kultuurilooline_kollektsioon, lk 14
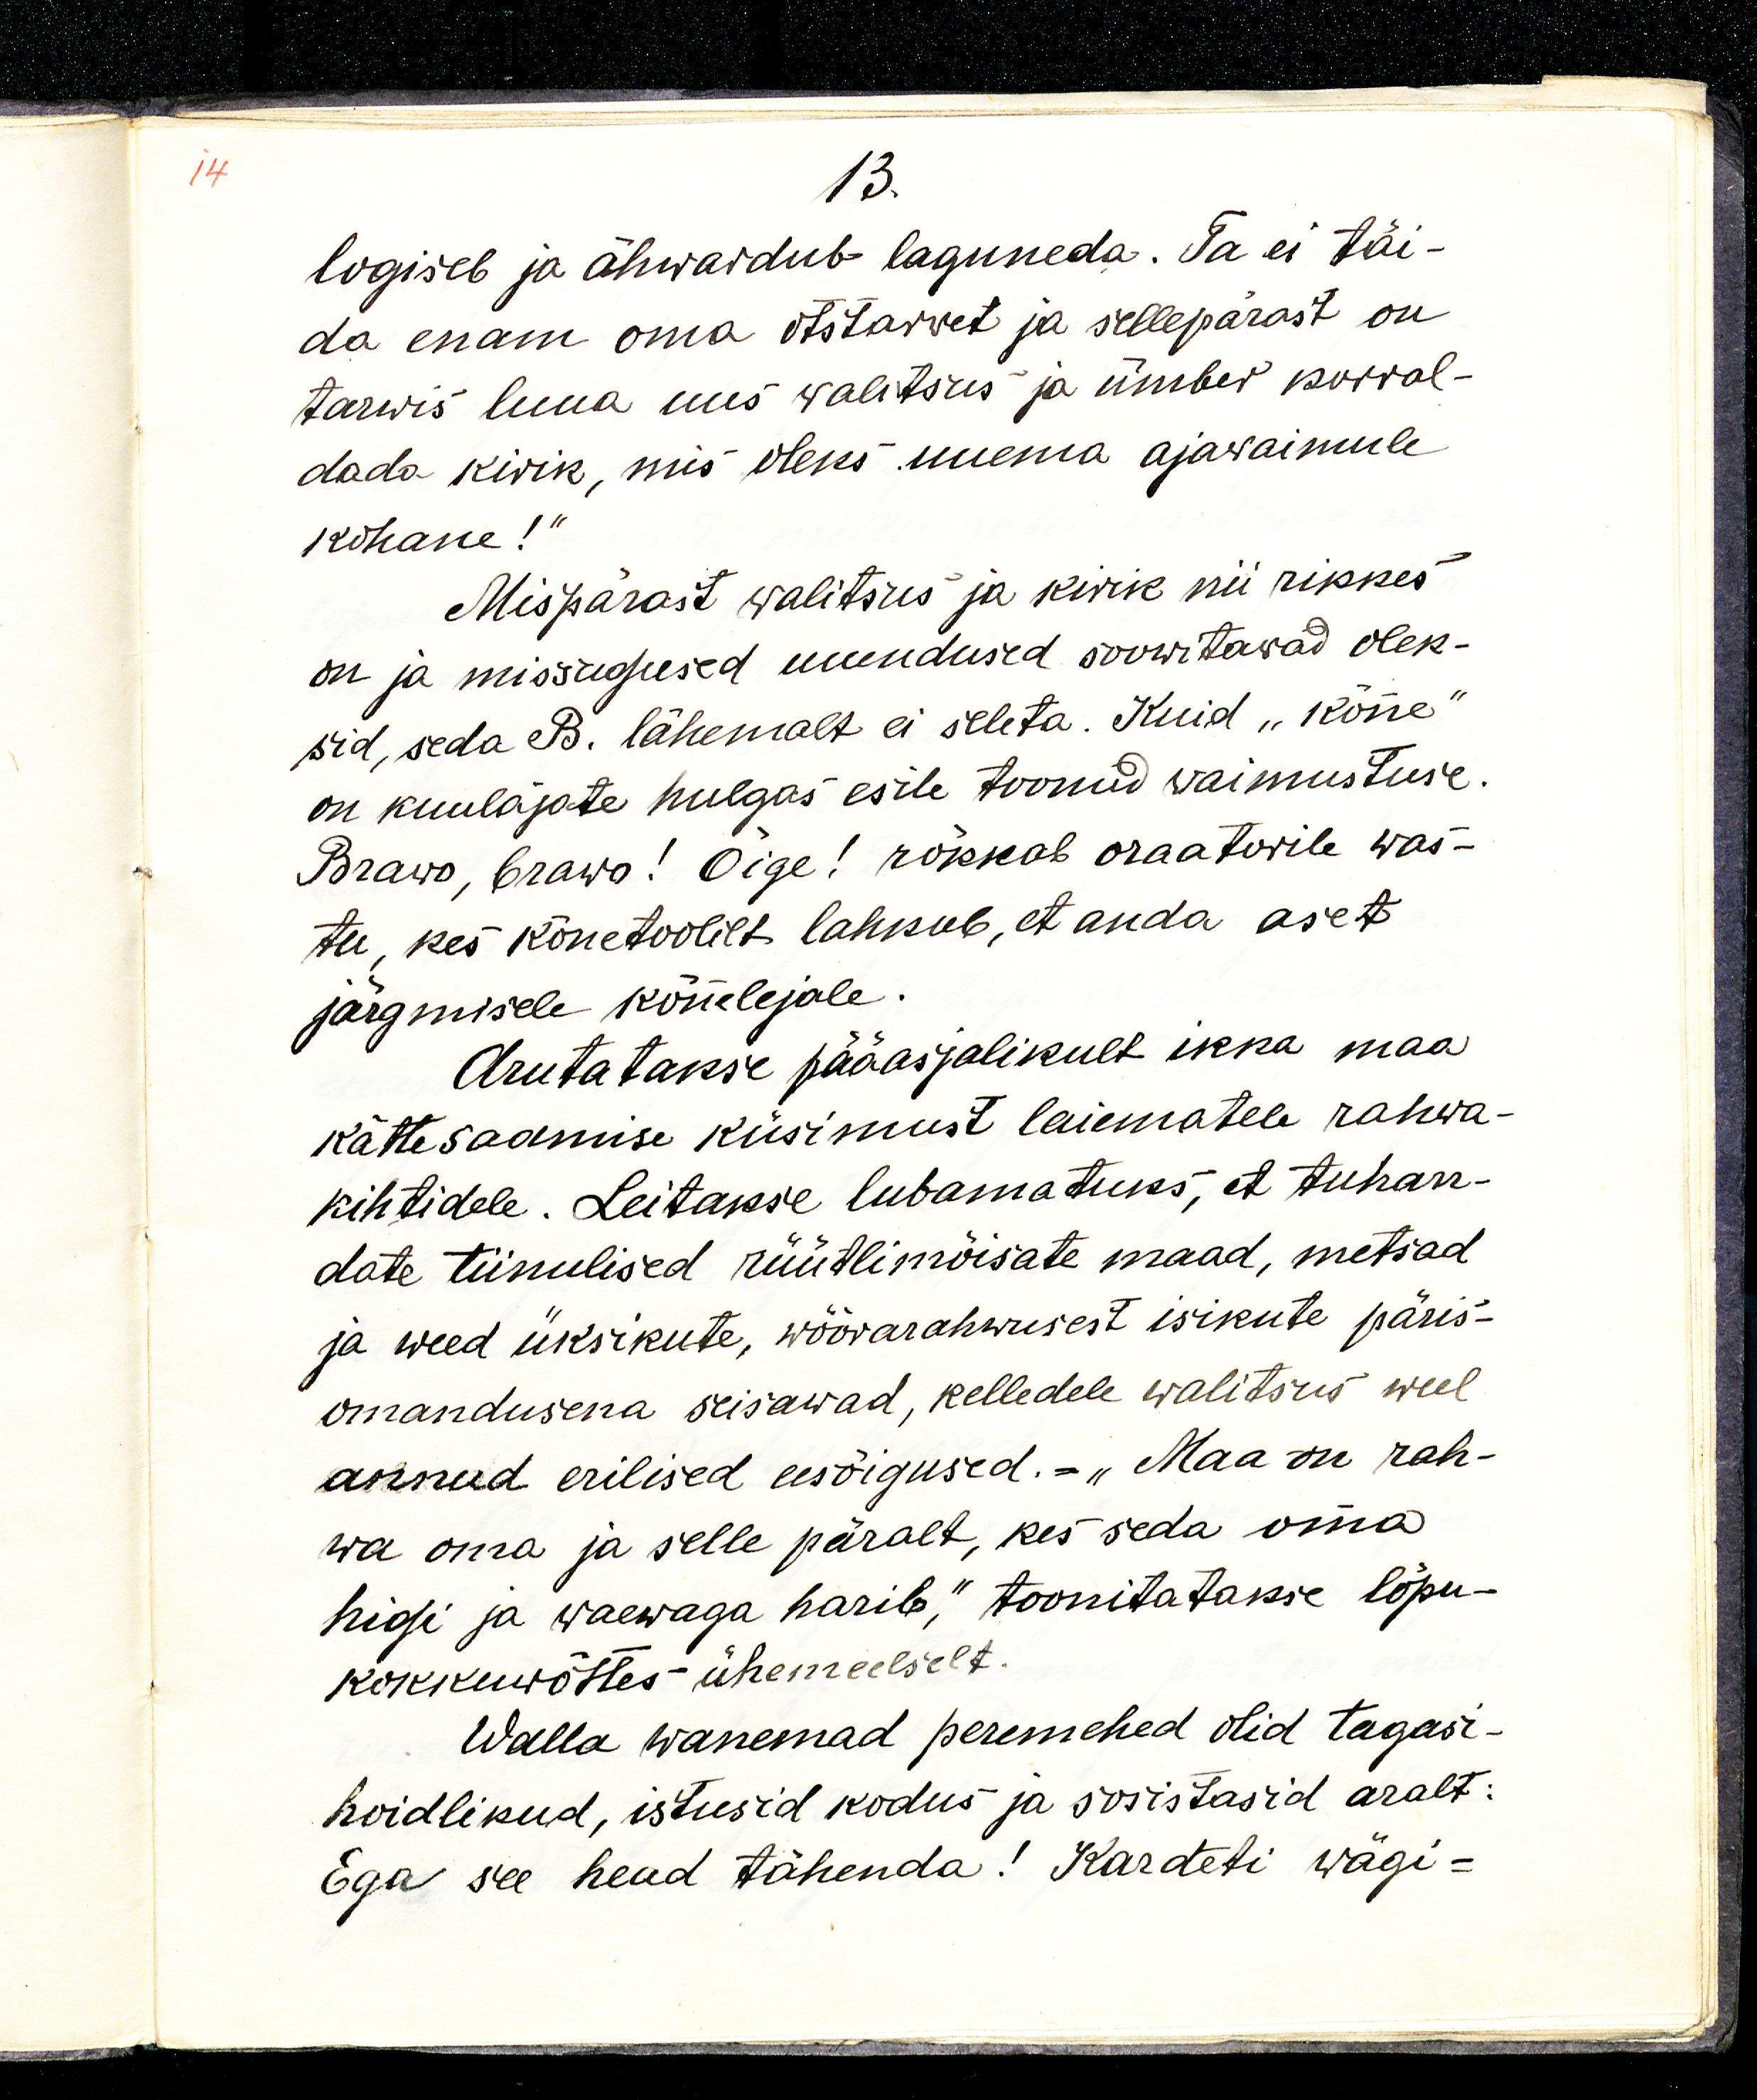
13.
logiseb ja ähwardab laguneda. Ta ei täi-
da enam oma otstarwet ja sellepärast on
tarwis luua uus walitsus ja ümber korral-
dada kirik, mis oleks uuema ajawaimule
kohane!“
Mispärast walitsus ja kirik nii rikkes
on ja missugused uuendused soowitawad olek-
sid, seda B. lähemalt ei seleta. Kuid „Kõne“
on kuulajate hulgas esile toonud waimustuse.
Brawo, brawo! Õige! rõkkab oraatorile was-
tu, kes kõnetoolilt lahkub, et anda aset
järgmisele kõnelejale.
Arutatakse pääasjalikult ikka maa
kättesaamise küsimust laiematele rahwa-
kihtidele. Leitakse lubamatuks, et tuhan-
date tiinulised rüütlimõisate maad, metsad
ja weed üksikute, wõõrarahwusest isikute päris-
omandusena seisawad, kelledele walitsus weel
annud erilised eesõigused - „Maa on rah-
wa oma ja selle päralt, kes seda oma
higi ja waewaga harib,“ toonitatakse lõpu-
kokkuwõttes ühemeelselt.
Walla wanemad peremehed olid tagasi-
hoidlikud, istusid kodus ja sosistasid aralt:
Ega see head tähenda! Kardeti wägi-